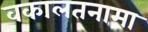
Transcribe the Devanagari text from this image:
वकालतनामा